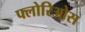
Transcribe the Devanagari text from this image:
फ्लोरिओस